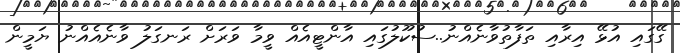
ގޭގައި އުޅޭ އިރާއި ތަފާތުވާނެއްނު..ސުކޫލުގައި އާންޓީއެއް ވީމާ ވަރަށް ރަނގަލު ވާނެއެއްނު ޔަމީން